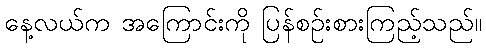
နေ့လယ်က အကြောင်းကို ပြန်စဉ်းစားကြည့်သည်။